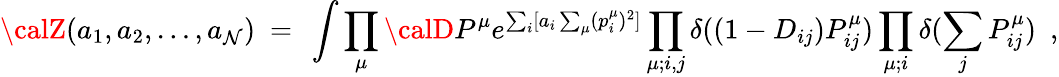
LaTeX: {\calZ}(a_{1},a_{2},\dots,a_{\mathcal{N}})~=~\int\prod_{\mu}{\calD}P^{\mu}e^{\sum_{i}[a_{i}\sum_{\mu}(p_{i}^{\mu})^{2}]}\prod_{\mu;i,j}\delta((1-D_{ij})P_{ij}^{\mu})\prod_{\mu;i}\delta(\sum_{j}P_{ij}^{\mu})~~,